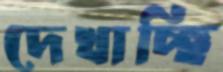
দেখাচ্ছি